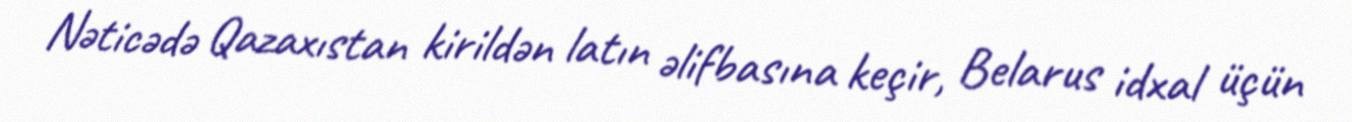
Nəticədə Qazaxıstan kirildən latın əlifbasına keçir, Belarus idxal üçün